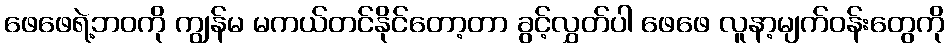
ဖေဖေရဲ့ဘဝကို ကျွန်မ မကယ်တင်နိုင်တော့တာ ခွင့်လွှတ်ပါ ဖေဖေ လူနာ့မျက်ဝန်းတွေကို